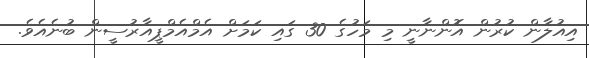
އިއުލާން ކުރުން އޮންނާނީ މި މަހުގެ 30 ގައި ކަަމަށް އެމްއެމްޕީއާރުސީން ބުނެއެވެ.